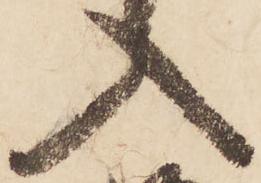
入